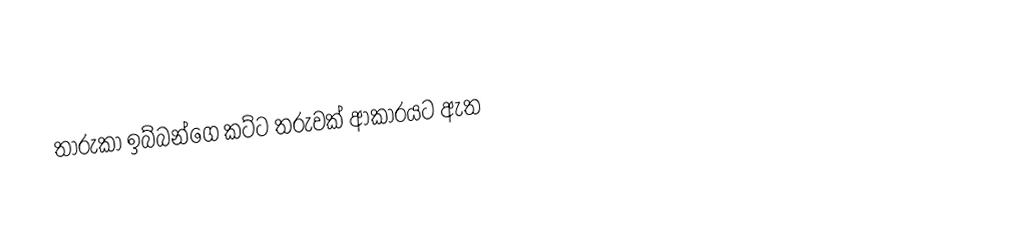
තාරුකා ඉබ්බන්ගෙ කට්ට තරුවක් ආකාරයට ඇත